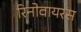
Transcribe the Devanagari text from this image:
रिनोवायरस